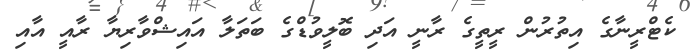
ކެޓްރީނާގެ އިތުރުން ރީތީގެ ރާނީ އަދި ބޮލީވުޑްގެ ބަތަލާ އައިޝްވާރިޔާ ރާއީ އާއި